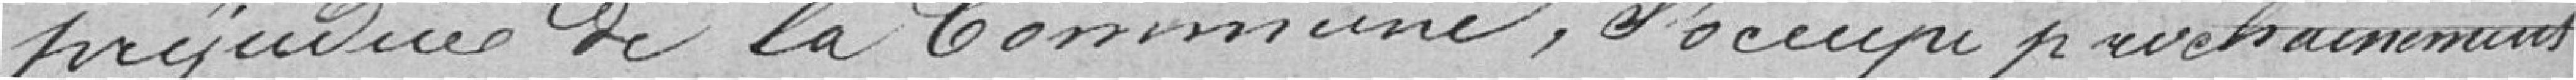
préjudices de la Commune, s'occupe prochainement